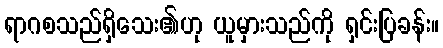
ရာဂစသည်ရှိသေး၏ဟု ယူမှားသည်ကို ရှင်းပြခန်း။